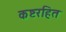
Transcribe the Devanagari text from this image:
कष्टरहित